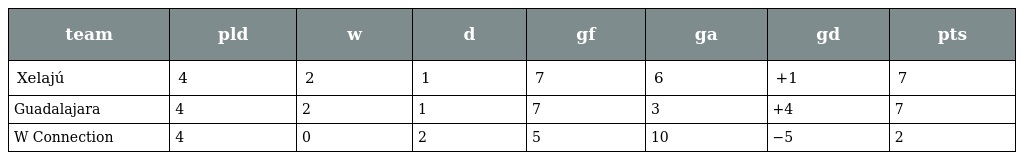
| team | pld | w | d | gf | ga | gd | pts |
 | --- | --- | --- | --- | --- | --- | --- | --- |
 | Xelajú | 4 | 2 | 1 | 7 | 6 | +1 | 7 |
 | Guadalajara | 4 | 2 | 1 | 7 | 3 | +4 | 7 |
 | W Connection | 4 | 0 | 2 | 5 | 10 | −5 | 2 |